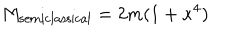
M _ { \mathrm { s e m i c l a s s i c a l } } = 2 m ( 1 + \kappa ^ { 4 } )